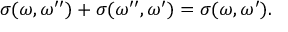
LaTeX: \sigma ( \omega , \omega ^ { \prime \prime } ) + \sigma ( \omega ^ { \prime \prime } , \omega ^ { \prime } ) = \sigma ( \omega , \omega ^ { \prime } ) .